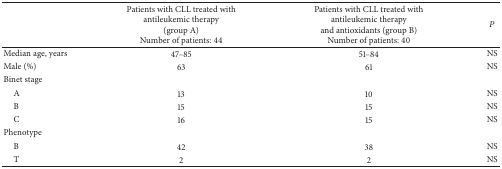
<table><thead><tr><td><b> </b></td><td><b>Patients with CLL treated with antileukemic therapy (group A)Number of patients: 44</b></td><td><b>Patients with CLL treated with antileukemic therapy and antioxidants (group B)Number of patients: 40</b></td><td><b><i>P</i></b></td></tr></thead><tbody><tr><td>Median age, years</td><td>47–85</td><td>51–84</td><td>NS</td></tr><tr><td>Male (%)</td><td>63</td><td>61</td><td>NS</td></tr><tr><td>Binet stage</td><td> </td><td> </td><td> </td></tr><tr><td> A</td><td>13</td><td>10</td><td>NS</td></tr><tr><td> B</td><td>15</td><td>15</td><td>NS</td></tr><tr><td> C</td><td>16</td><td>15</td><td>NS</td></tr><tr><td>Phenotype</td><td> </td><td> </td><td> </td></tr><tr><td> B</td><td>42</td><td>38</td><td>NS</td></tr><tr><td> T</td><td>2</td><td>2</td><td>NS</td></tr></tbody></table>